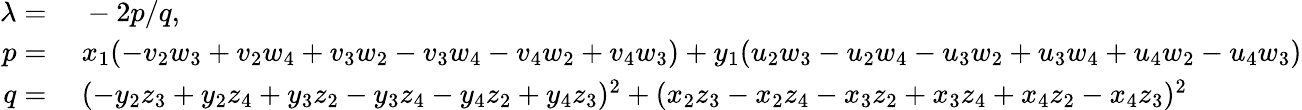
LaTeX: \begin{array}{rl}{\lambda=}&{{}\ -2p/q,}\\ {p=}&{{}\ x_{1}(-v_{2}w_{3}+v_{2}w_{4}+v_{3}w_{2}-v_{3}w_{4}-v_{4}w_{2}+v_{4}w_{3})+y_{1}(u_{2}w_{3}-u_{2}w_{4}-u_{3}w_{2}+u_{3}w_{4}+u_{4}w_{2}-u_{4}w_{3})}\\ {q=}&{{}\ (-y_{2}z_{3}+y_{2}z_{4}+y_{3}z_{2}-y_{3}z_{4}-y_{4}z_{2}+y_{4}z_{3})^{2}+(x_{2}z_{3}-x_{2}z_{4}-x_{3}z_{2}+x_{3}z_{4}+x_{4}z_{2}-x_{4}z_{3})^{2}}\end{array}